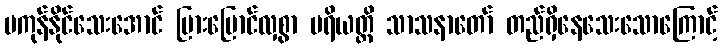
မကုန်နိုင်သေးအောင် မြားမြောင်လှစွာ ပရိယတ္တိ သာသနာတော် တည်ရှိနေသေးသောကြောင့်